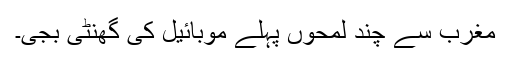
مغرب سے چند لمحوں پہلے موبائیل کی گھنٹی بجی۔